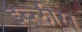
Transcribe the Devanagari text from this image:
इब्लीस